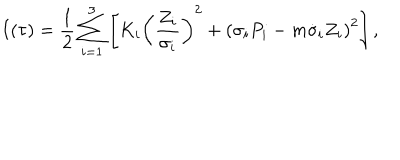
LaTeX: I ( \tau ) = \frac 1 { 2 } \sum _ { i = 1 } ^ { 3 } \left[ K _ { i } \left( \frac { Z _ { i } } { \sigma _ { i } } \right) ^ { 2 } + \left( \sigma _ { i } P _ { i } - m \dot { \sigma } _ { i } ^ { } Z _ { i } \right) ^ { 2 } \right] ,